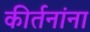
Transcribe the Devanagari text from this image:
कीर्तनांना